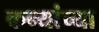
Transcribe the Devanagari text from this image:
कन्यांच्या